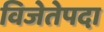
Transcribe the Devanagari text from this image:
विजेतेपदा